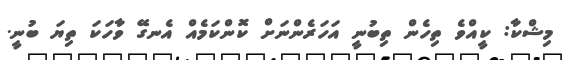
މިޝްކާ: ކީއްވެ ތިހެން ތިބުނީ އަހަރެންނަށް ކޮންކަމެއް އެނގޭ ވާހަކަ ތިޔަ ބުނީ.